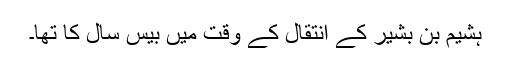
ہشیم بن بشیر کے انتقال کے وقت میں بیس سال کا تھا۔